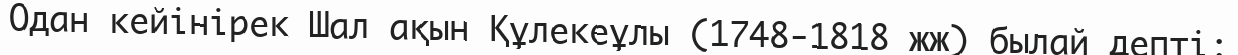
Одан кейінірек Шал ақын Құлекеұлы (1748-1818 жж) былай депті: